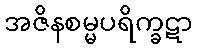
အဇိနစမ္မပရိက္ခဋာ